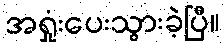
အရှုံးပေးသွားခဲ့ပြီ။